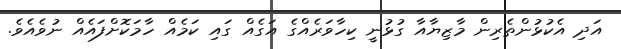
އަދި އެކުޅުންތެރިން މާޒިޔާއާ ގުޅުނީ ކިހާވަރެއްގެ އަގެއް ގައި ކަމެއް ހާމަކޮށްފައެއް ނުވެއެވެ.